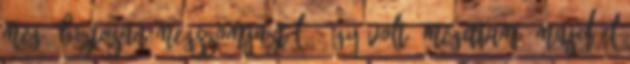
meg, biztosan megszomjaztál ” Így volt, megittam, majd el